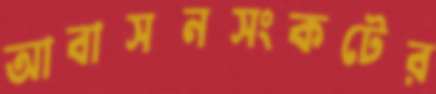
আবাসনসংকটের